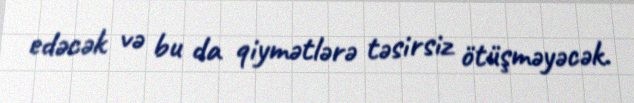
edəcək və bu da qiymətlərə təsirsiz ötüşməyəcək.